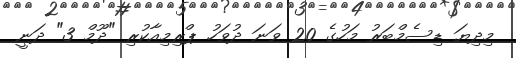
މިދިޔަ ޑިސެމްބަރު މަހުގެ 20 ވަނަ ދުވަހު ޕްރިމިއާކުރި "ދޫމް 3" ދަނީ